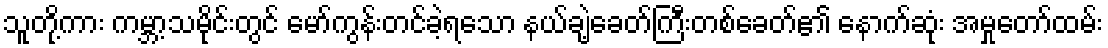
သူတို့ကား ကမ္ဘာ့သမိုင်းတွင် မော်ကွန်းတင်ခဲ့ရသော နယ်ချဲ့ခေတ်ကြီးတစ်ခေတ်၏ နောက်ဆုံး အမှုတော်ထမ်း